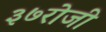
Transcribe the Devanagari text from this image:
३७रोजी